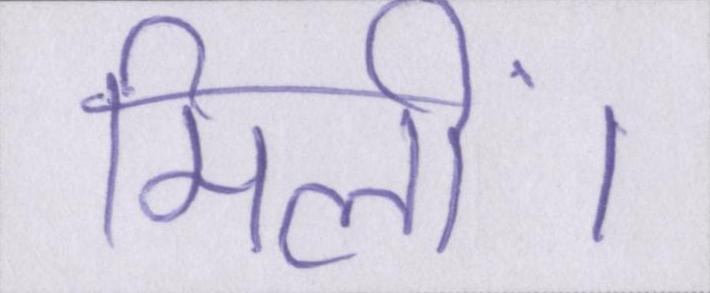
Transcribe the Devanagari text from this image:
मिलीं।